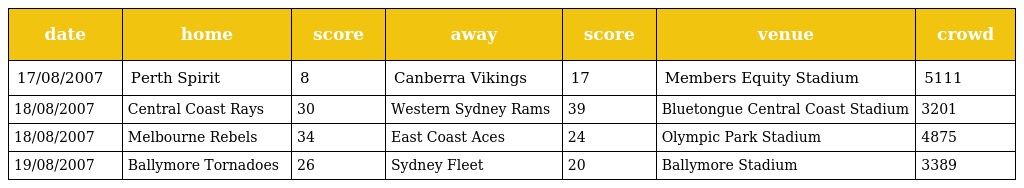
| date | home | score | away | score | venue | crowd |
 | --- | --- | --- | --- | --- | --- | --- |
 | 17/08/2007 | Perth Spirit | 8 | Canberra Vikings | 17 | Members Equity Stadium | 5111 |
 | 18/08/2007 | Central Coast Rays | 30 | Western Sydney Rams | 39 | Bluetongue Central Coast Stadium | 3201 |
 | 18/08/2007 | Melbourne Rebels | 34 | East Coast Aces | 24 | Olympic Park Stadium | 4875 |
 | 19/08/2007 | Ballymore Tornadoes | 26 | Sydney Fleet | 20 | Ballymore Stadium | 3389 |